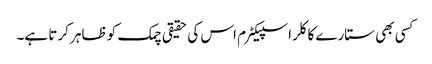
کسی بھی ستارے کا کلر اسپیکٹرم اس کی حقیقی چمک کو ظاہر کرتا ہے۔